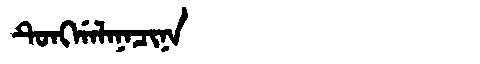
Manchu: ᡨᡠᠩᡤᠠᠯᠠᠨᠠᠴᡳᠨᠠ
Romanization: TUNGGALANACINA